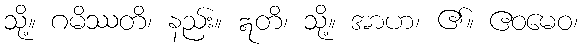
သို့။ ဂမိဿတိ၊ နည်း။ ဣတိ၊ သို့။ အာဟ၊ ၏။ ဧဝမေဝ၊